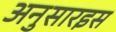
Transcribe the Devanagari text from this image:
अनुसारइस